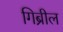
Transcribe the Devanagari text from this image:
गिब्रील